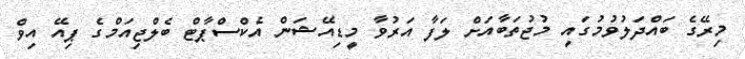
މިރޭގެ ބައްދަލުވުމުގައި މުޖުތަބާއަށް ލަފާ އަރުވާ މީޑިއޭޝަން އެކްސްޕާޓް ބެލްޖިއަމްގެ ޕިއޭ އިވް